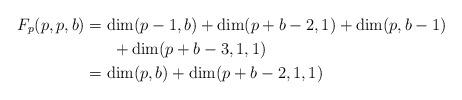
LaTeX: \begin{align*}F_p(p,p,b)&=\dim(p-1,b)+\dim(p+b-2,1)+\dim(p,b-1)\cr&\ \ \ \ \ +\dim(p+b-3,1,1)\cr&=\dim(p,b)+\dim(p+b-2,1,1)\end{align*}